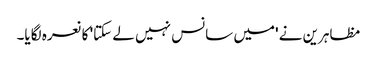
مظاہرین نے 'میں سانس نہیں لے سکتا' کا نعرہ لگایا۔